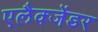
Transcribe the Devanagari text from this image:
एलैक्जेंडर